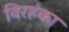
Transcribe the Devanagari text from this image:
विरहंका